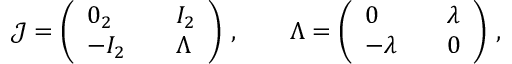
\begin{array} { r } { \boldsymbol { { \mathcal { J } } } = \left( \begin{array} { l l l } { 0 _ { 2 } } & { } & { I _ { 2 } } \\ { - I _ { 2 } } & { } & { \Lambda } \end{array} \right) \, , \qquad \Lambda = \left( \begin{array} { l l l } { 0 } & { } & { \lambda } \\ { - \lambda } & { } & { 0 } \end{array} \right) \, , } \end{array}